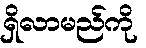
ရှိလာမည်ကို